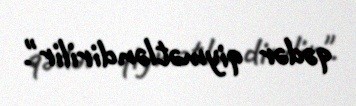
qədər qiymətləndirilir".